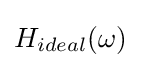
H_{ideal}(\omega )